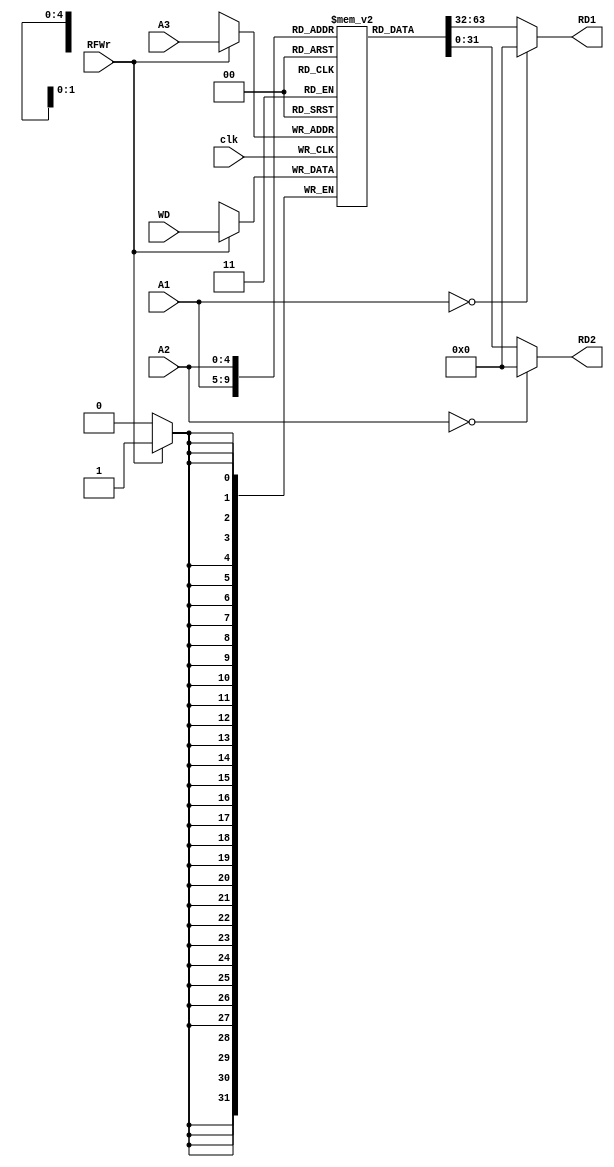
module RF( A1, A2, A3, WD, clk, RFWr, RD1, RD2 );
    
   input  [4:0]  A1, A2, A3;
   input  [31:0] WD;
   input         clk;
   input         RFWr;
   output [31:0] RD1, RD2;
   
   reg [31:0] rf[31:0];
   
   integer i;
   initial begin
       for (i=0; i<32; i=i+1)
          rf[i] = 0;
   end
   
   always @(posedge clk) begin
      if (RFWr) rf[A3] <= WD;
	  
      $display("R[00-07]=%8X, %8X, %8X, %8X, %8X, %8X, %8X, %8X", rf[0], rf[1], rf[2], rf[3], rf[4], rf[5], rf[6], rf[7]);
      $display("R[08-15]=%8X, %8X, %8X, %8X, %8X, %8X, %8X, %8X", rf[8], rf[9], rf[10], rf[11], rf[12], rf[13], rf[14], rf[15]);
      $display("R[16-23]=%8X, %8X, %8X, %8X, %8X, %8X, %8X, %8X", rf[16], rf[17], rf[18], rf[19], rf[20], rf[21], rf[22], rf[23]);
      $display("R[24-31]=%8X, %8X, %8X, %8X, %8X, %8X, %8X, %8X", rf[24], rf[25], rf[26], rf[27], rf[28], rf[29], rf[30], rf[31]);
      //$display("R[%4X]=%8X", A3, rf[A3]);
      
   end // end always
   
   assign RD1 = (A1 == 0) ? 32'd0 : rf[A1];
   assign RD2 = (A2 == 0) ? 32'd0 : rf[A2];
   
endmodule